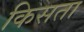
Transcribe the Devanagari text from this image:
किसता